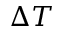
\Delta T